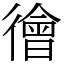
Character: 徻